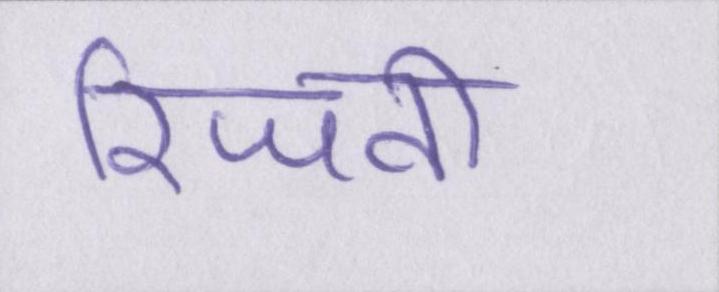
रिजवी